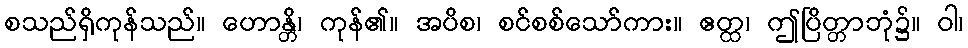
စသည်ရှိကုန်သည်။ ဟောန္တိ၊ ကုန်၏။ အပိစ၊ စင်စစ်သော်ကား။ ဧတ္ထ၊ ဤပြိတ္တာဘုံ၌။ ဝါ၊